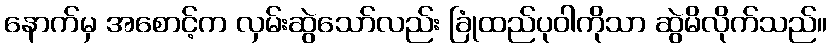
နောက်မှ အစောင့်က လှမ်းဆွဲသော်လည်း ခြုံထည်ပုဝါကိုသာ ဆွဲမိလိုက်သည်။